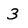
Character: 3